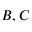
B , C